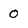
Character: 0